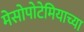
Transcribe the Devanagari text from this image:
मेसोपोटेमियाच्या